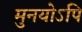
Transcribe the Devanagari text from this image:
मुनयोऽपि